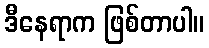
ဒီနေရာက ဖြစ်တာပါ။